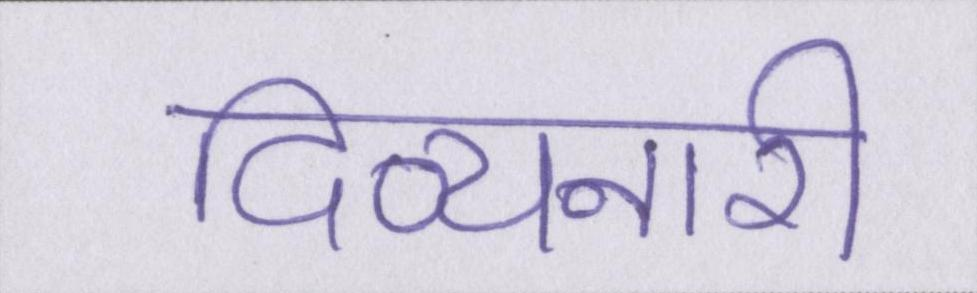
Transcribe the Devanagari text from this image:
दिव्यनारी